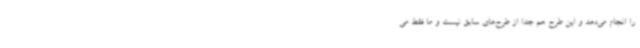
را انجام می‌دهد و این طرح هم جدا از طرح‌های سابق نیست و ما فقط می